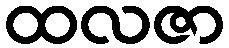
ထလဇာ